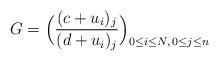
LaTeX: \begin{align*}G=\Big(\dfrac{(c+u_i)_j}{(d+u_i)_j}\Big)_{0\le i\le N,\, 0\le j\le n}\end{align*}